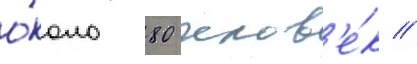
о́коло 80 челов'е́к //